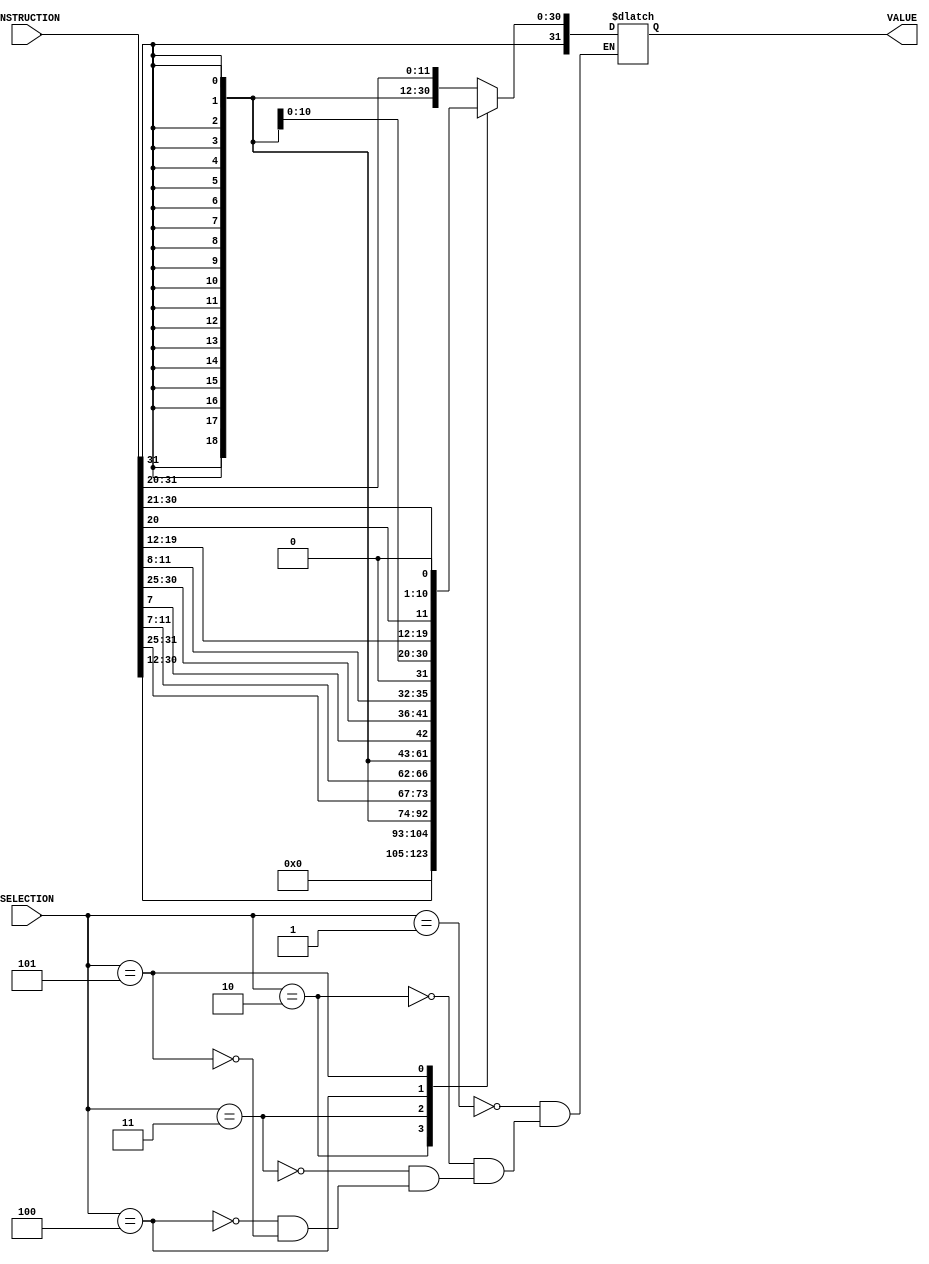
module ImmediateExtractor(
    input [31:0] INSTRUCTION,
    input [2:0] SELECTION,
    output reg signed [31:0] VALUE
);
    initial begin
        VALUE <= 0;
    end

    wire [11:0] IMM_11_0    = INSTRUCTION[31:20];
    wire [19:0] IMM_31_12   = INSTRUCTION[31:12];
    wire [4:0] IMM_4_0      = INSTRUCTION[11:7];
    wire [6:0] IMM_11_5     = INSTRUCTION[31:25];
    wire IMM_11_B           = INSTRUCTION[7];
    wire [3:0] IMM_4_1      = INSTRUCTION[11:8];
    wire [5:0] IMM_10_5     = INSTRUCTION[30:25];
    wire IMM_12             = INSTRUCTION[31];
    wire [7:0] IMM_19_12    = INSTRUCTION[19:12];
    wire IMM_11_J           = INSTRUCTION[20];
    wire [9:0] IMM_10_1     = INSTRUCTION[30:21];
    wire IMM_20             = INSTRUCTION[31];

    wire signed [31:0] Imm_I  = { {32{IMM_11_0[11]}}, IMM_11_0 };
    wire signed [31:0] Imm_U  = { {32{IMM_31_12[19]}}, IMM_31_12, 12'h000 };
    wire signed [31:0] Imm_B  = { {32{IMM_12}}, IMM_11_B, IMM_10_5, IMM_4_1, 1'b0 };
    wire signed [31:0] Imm_S  = { {32{IMM_11_5[6]}}, IMM_11_5, IMM_4_0 };
    wire signed [31:0] Imm_UJ = { {32{IMM_20}}, IMM_19_12, IMM_11_J, IMM_10_1, 1'b0 };

    always @(*) begin
        case (SELECTION)
            1: VALUE = Imm_I;
            2: VALUE = Imm_U;
            3: VALUE = Imm_S;
            4: VALUE = Imm_B;
            5: VALUE = Imm_UJ;
        endcase
    end
endmodule